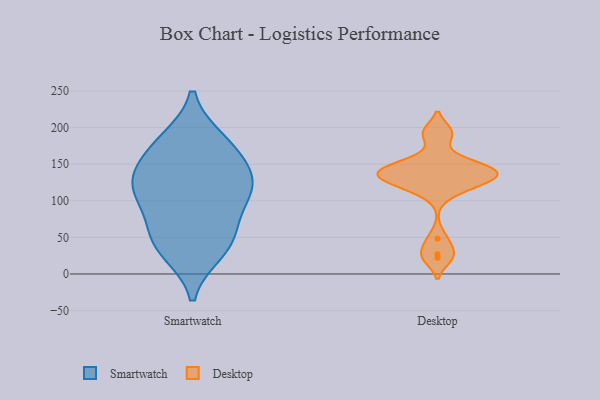
{"axis": {"x": "Demand Index", "y": "Value"}, "legend": ["Desktop", "Smartwatch"], "data": [{"x": "", "y": 121, "type": "Smartwatch"}, {"x": "", "y": 182, "type": "Smartwatch"}, {"x": "", "y": 68, "type": "Smartwatch"}, {"x": "", "y": 138, "type": "Smartwatch"}, {"x": "", "y": 178, "type": "Smartwatch"}, {"x": "", "y": 51, "type": "Smartwatch"}, {"x": "", "y": 31, "type": "Smartwatch"}, {"x": "", "y": 160, "type": "Smartwatch"}, {"x": "", "y": 112, "type": "Smartwatch"}, {"x": "", "y": 119, "type": "Smartwatch"}, {"x": "", "y": 39, "type": "Smartwatch"}, {"x": "", "y": 109, "type": "Smartwatch"}, {"x": "", "y": 150, "type": "Desktop"}, {"x": "", "y": 133, "type": "Desktop"}, {"x": "", "y": 114, "type": "Desktop"}, {"x": "", "y": 48, "type": "Desktop"}, {"x": "", "y": 132, "type": "Desktop"}, {"x": "", "y": 142, "type": "Desktop"}, {"x": "", "y": 156, "type": "Desktop"}, {"x": "", "y": 131, "type": "Desktop"}, {"x": "", "y": 116, "type": "Desktop"}, {"x": "", "y": 193, "type": "Desktop"}, {"x": "", "y": 27, "type": "Desktop"}, {"x": "", "y": 136, "type": "Desktop"}, {"x": "", "y": 192, "type": "Desktop"}, {"x": "", "y": 143, "type": "Desktop"}, {"x": "", "y": 22, "type": "Desktop"}, {"x": "", "y": 136, "type": "Desktop"}]}